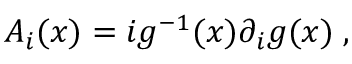
A _ { i } ( x ) = i g ^ { - 1 } ( x ) \partial _ { i } g ( x ) \; ,